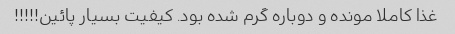
غذا کاملا مونده و دوباره گرم شده بود. کیفیت بسیار پائین!!!!!